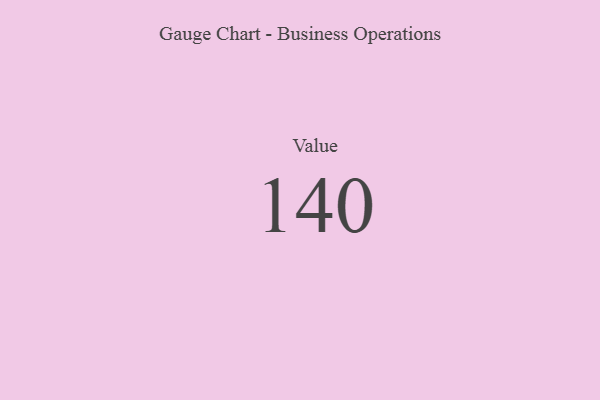
{"axis": {"x": "Metric", "y": "Value"}, "legend": [""], "data": [{"x": "Value", "y": 140, "type": ""}]}